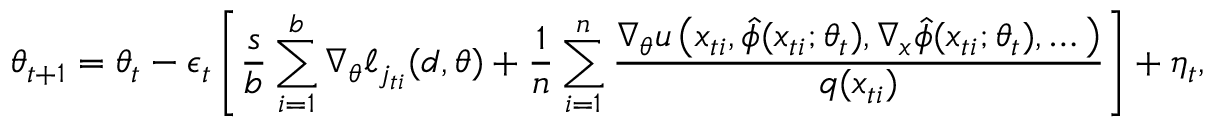
\theta _ { t + 1 } = \theta _ { t } - \epsilon _ { t } \left[ \frac { s } { b } \sum _ { i = 1 } ^ { b } \nabla _ { \theta } \ell _ { j _ { t i } } ( d , \theta ) + \frac { 1 } { n } \sum _ { i = 1 } ^ { n } \frac { \nabla _ { \theta } u \left( x _ { t i } , \hat { \phi } ( x _ { t i } ; \theta _ { t } ) , \nabla _ { x } \hat { \phi } ( x _ { t i } ; \theta _ { t } ) , \dots \right) } { q ( x _ { t i } ) } \right] + \eta _ { t } ,